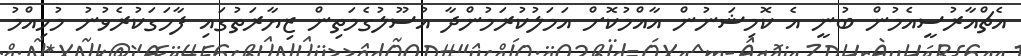
އެޗްއާރުސީއެމުން ބުނީ އެ ކޮމިޝަނުން އާއްމުކޮށް އަމަލުކުރަމުންދާ އުސޫލުގެމަތިން ޒިޔާރަތުގައި ފާހަގަކުރެވުނު މުހިއްމު